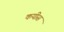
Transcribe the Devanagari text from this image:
कयीस